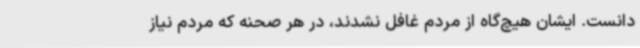
‌دانست. ایشان هیچ‌گاه از مردم غافل نشدند، در هر صحنه که مردم نیاز